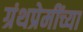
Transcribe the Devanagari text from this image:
ग्रंथप्रेमींच्या